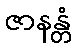
ဇာနန္တံ